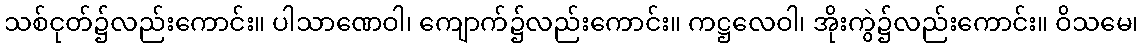
သစ်ငုတ်၌လည်းကောင်း။ ပါသာဏေဝါ၊ ကျောက်၌လည်းကောင်း။ ကဋ္ဌလေဝါ၊ အိုးကွဲ၌လည်းကောင်း။ ဝိသမေ၊